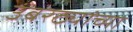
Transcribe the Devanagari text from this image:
उंबरठ्यांच्या